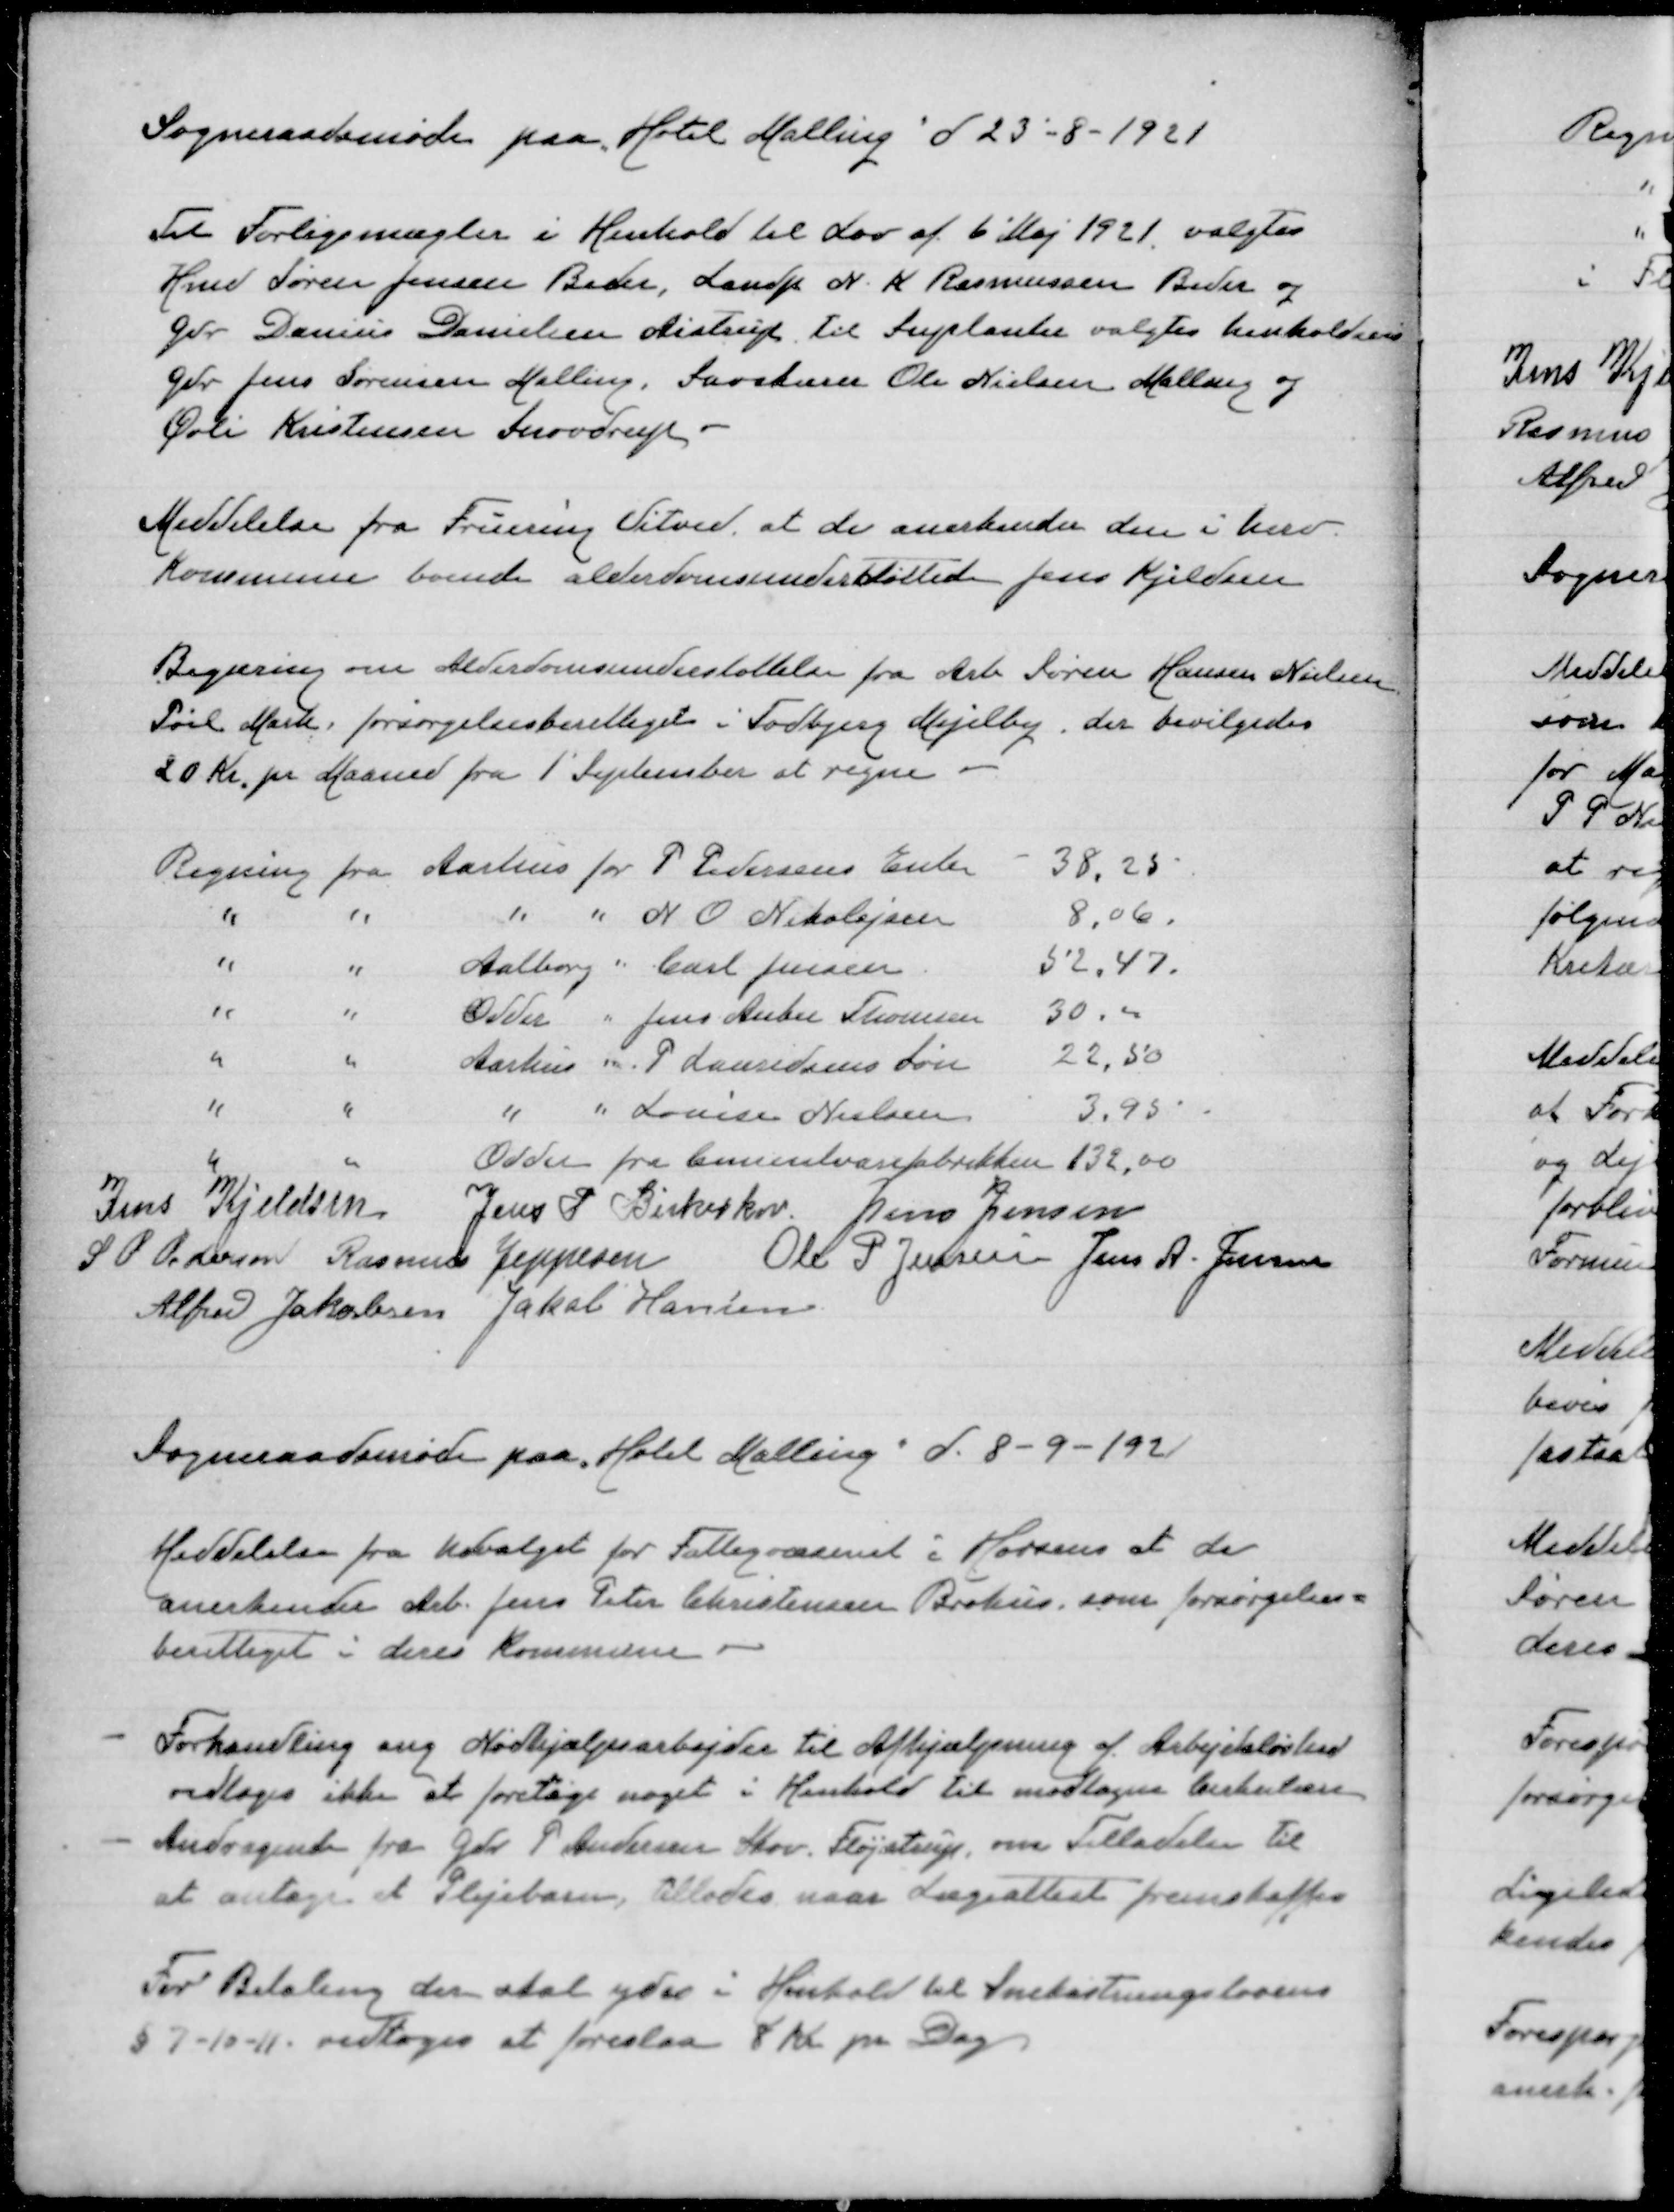
Transskription:
Sogneraadsmøde paa Hotel Malling d 23-8-1921

Til Forligsmægler i Henhold til Lov af 6' Maj 1921 valgtes
Hmd Søren Jensen Beder, Landp N K Rasmussen Beder og
Gdr Danius Danielsen Aistrup til Suplanter valgtes henholdsvis
Gdr Jens Sørensen Malling, Savskærer Ole Nielsen Malling og
Øvli Kristensen Snovdrup

Meddelelse fra Fruering Vitved at de anerkender den i herv
Kommune boende alderdomsunderstøttede Jens Kjeldsen

Begæring om Alderdomsunderstøttelse fra Arb Søren Hansen Nielsen
Pøel Mark, forsørgelsesberettiget i Todbjerg Mejilby. der bevilgedes
20 Kr pr Maanedfra 1' September at regne

Regning fra Aarhus for P Pedersens Enke 38,25
" " " " N O Nikolajsen 8,06
" " Aalborg " Carl Jensen 52,47
" " Odder " Jens Andre Thomsen 30,00
" " Aarhus " P Lauridsens Søn 22,50
" " " " Louise Nielsen 3,95
" " Odder fra Cementvarefabrikken 132,00
Jens Kjeldsen
Jens P Birkeskov
Jens Jensen
S P Pedersen
Rasmus Jeppesen
Ole P Jensen
Jens A Jensen
Alfred Jakobsen
Jakob Hansen

Sogneraadsmøde paa Hotel Malling d 8-9-1921

Meddelelse fra Udvalget for Fattigvæsenet i Horsens at de
anerkender Arb Jens Peter Christensen Brohus som forsørgelses=
berettiget i deres Kommune

- Forhandling ang Nødhjælpsarbejde til Afhjælpning af Arbejdsløshed
vedtoges ikke at foretage noget i Henhold til modtagen Cirkulære
- Andragende fra Gdr P Andersen Skov Fløjstrup, om Tilladelse til
at antage et Plejebarn, tillades naar Lægeattest fremskaffes

For Betaling, der skal ydes i Henhold til Snekastningslovens
§ 7-10-11 vedtoges at foreslaa 8 Kr pr Dag